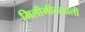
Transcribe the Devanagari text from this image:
मिलीमीटरवाली